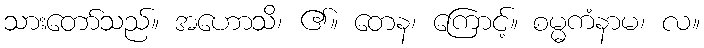
သားတော်သည်။ အဟောသိ၊ ၏။ တေန၊ ကြောင့်။ စမ္မကံနာမ၊ လ။